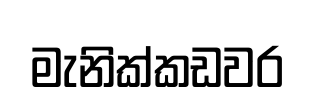
මැනික්කඩවර